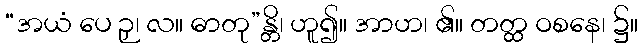
“အယံ ပေ ဉှ၊ လ။ ဓာတု”န္တိ၊ ဟူ၍။ အာဟ၊ ၏။ တတ္ထ ဝစနေ၊ ၌။